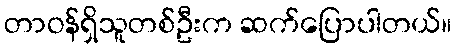
တာဝန်ရှိသူတစ်ဦးက ဆက်ပြောပါတယ်။